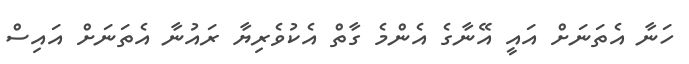
ހަނާ އެތަނަށް އައީ އޭނާގެ އެންމެ ގާތް އެކުވެރިޔާ ރައުނާ އެތަނަށް އައިސް